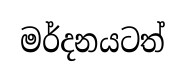
මර්දනයටත්